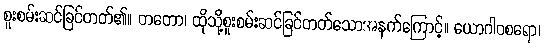
စူးစမ်းဆင်ခြင်တတ်၏။ တတော၊ ထိုသို့စူးစမ်းဆင်ခြင်တတ်သောအနက်ကြောင့်။ ယောဂါဝစရော၊